Report of the Indian Hemp Drugs Commission, 1894-1895 - Volume I
Year: 1894
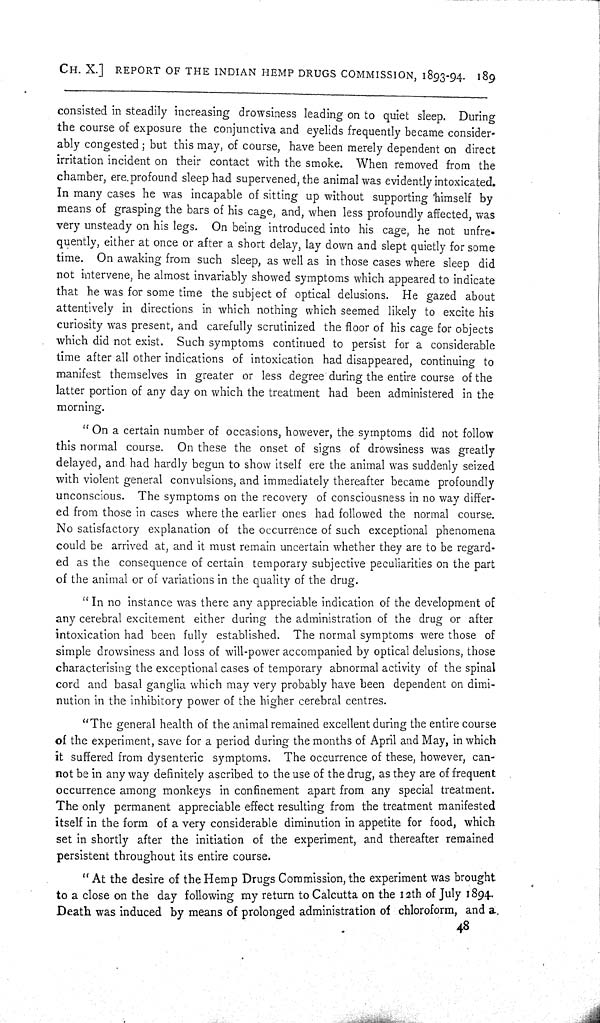
CH. X.] REPORT OF THE INDIAN HEMP DRUGS COMMISSION, 1893-94. 189
consisted in steadily increasing drowsiness leading on to quiet sleep. During
the course of exposure the conjunctiva and eyelids frequently became consider-
ably congested; but this may, of course, have been merely dependent on direct
irritation incident on their contact with the smoke. When removed from the
chamber, ere profound sleep had supervened, the animal was evidently intoxicated.
In many cases he was incapable of sitting up without supporting himself by
means of grasping the bars of his cage, and, when less profoundly affected, was
very unsteady on his legs. On being introduced into his cage, he not unfre-
quently, either at once or after a short delay, lay down and slept quietly for some
time. On awaking from such sleep, as well as in those cases where sleep did
not intervene, he almost invariably showed symptoms which appeared to indicate
that he was for some time the subject of optical delusions. He gazed about
attentively in directions in which nothing which seemed likely to excite his
curiosity was present, and carefully scrutinized the floor of his cage for objects
which did not exist. Such symptoms continued to persist for a considerable
time after all other indications of intoxication had disappeared, continuing to
manifest themselves in greater or less degree during the entire course of the
latter portion of any day on which the treatment had been administered in the
morning.
"On a certain number of occasions, however, the symptoms did not follow
this normal course. On these the onset of signs of drowsiness was greatly
delayed, and had hardly begun to show itself ere the animal was suddenly seized
with violent general convulsions, and immediately thereafter became profoundly
unconscious. The symptoms on the recovery of consciousness in no way differ-
ed from those in cases where the earlier ones had followed the normal course.
No satisfactory explanation of the occurrence of such exceptional phenomena
could be arrived at, and it must remain uncertain whether they are to be regard-
ed as the consequence of certain temporary subjective peculiarities on the part
of the animal or of variations in the quality of the drug.
"In no instance was there any appreciable indication of the development of
any cerebral excitement either during the administration of the drug or after
intoxication had been fully established. The normal symptoms were those of
simple drowsiness and loss of will-power accompanied by optical delusions, those
characterising the exceptional cases of temporary abnormal activity of the spinal
cord and basal ganglia which may very probably have been dependent on dimi-
nution in the inhibitory power of the higher cerebral centres.
"The general health of the animal remained excellent during the entire course
of the experiment, save for a period during the months of April and May, in which
it suffered from dysenteric symptoms. The occurrence of these, however, can-
not be in any way definitely ascribed to the use of the drug, as they are of frequent
occurrence among monkeys in confinement apart from any special treatment.
The only permanent appreciable effect resulting from the treatment manifested
itself in the form of a very considerable diminution in appetite for food, which
set in shortly after the initiation of the experiment, and thereafter remained
persistent throughout its entire course.
"At the desire of the Hemp Drugs Commission, the experiment was brought
to a close on the day following my return to Calcutta on the 12th of July 1894.
Death was induced by means of prolonged administration of chloroform, and a
48